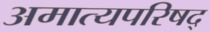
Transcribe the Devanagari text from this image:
अमात्यपरिषद्